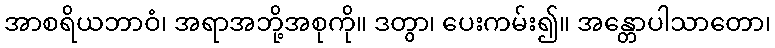
အာစရိယဘာဝံ၊ အရာအဘို့အစုကို။ ဒတွာ၊ ပေးကမ်း၍။ အန္တောပါသာတော၊